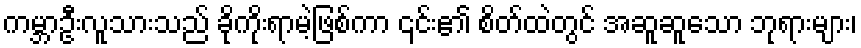
ကမ္ဘာဦးလူသားသည် ခိုကိုးရာမဲ့ဖြစ်ကာ ၎င်း၏ စိတ်ထဲတွင် အဆူဆူသော ဘုရားများ၊